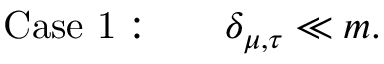
\mathrm { C a s e \ 1 : } \qquad \delta _ { \mu , \tau } \ll m .